Indian journal of veterinary science and animal husbandry - Volumes 26-27, 1956-1957
Year: 1956
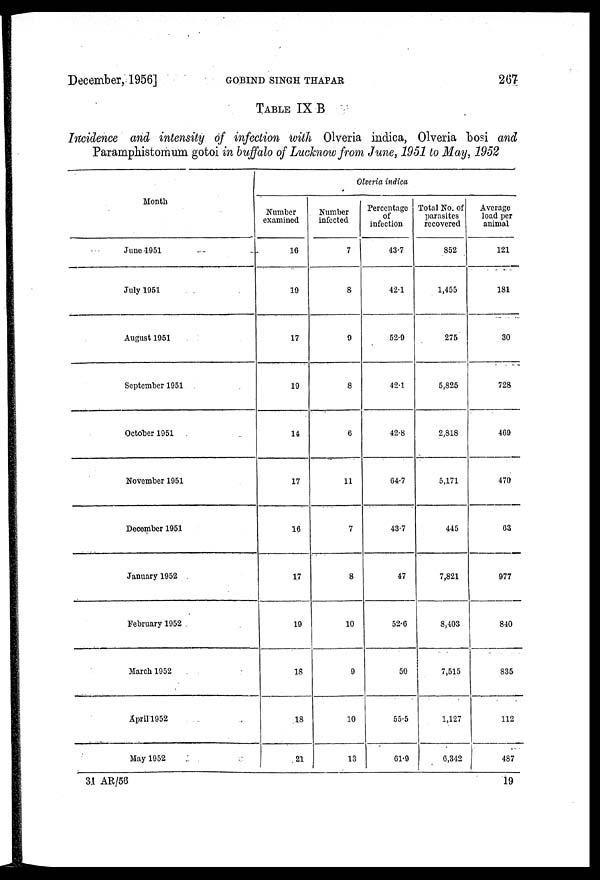
December, 1956]
GOBIND
SINGH
THAPAR
267
TABLE IX B
Incidence and intensity of infection with Olveria indica, Olveria bosi and
Paramphistomum gotoi in buffalo of Lucknow from June, 1951 to May, 1952
Month
June 1951
July 1951
August 1951
September 1951
October 1951
November 1951
December 1951
January 1952
February 1952
March 1952
April 1952
May 1952
Olveria indica
Number
examined
16
19
17
19
14
17
16
17
19
18
18
21
Number
infected
7
8
9
8
6
11
7
8
10
9
10
13
Percentage
of
infection
43.7
42.1
52.9
42.1
42.8
64.7
43.7
47
52.6
50
55.5
61.9
Total No. of
parasites
recovered
852
1,455
275
5,825
2,818
5,171
445
7,821
8,403
7,515
1,127
6,342
Average
load per
animal
121
181
30
728
469
470
63
977
840
835
112
487
31 AR/56
19